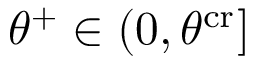
\theta ^ { + } \in ( 0 , \theta ^ { \mathrm { c r } } ]